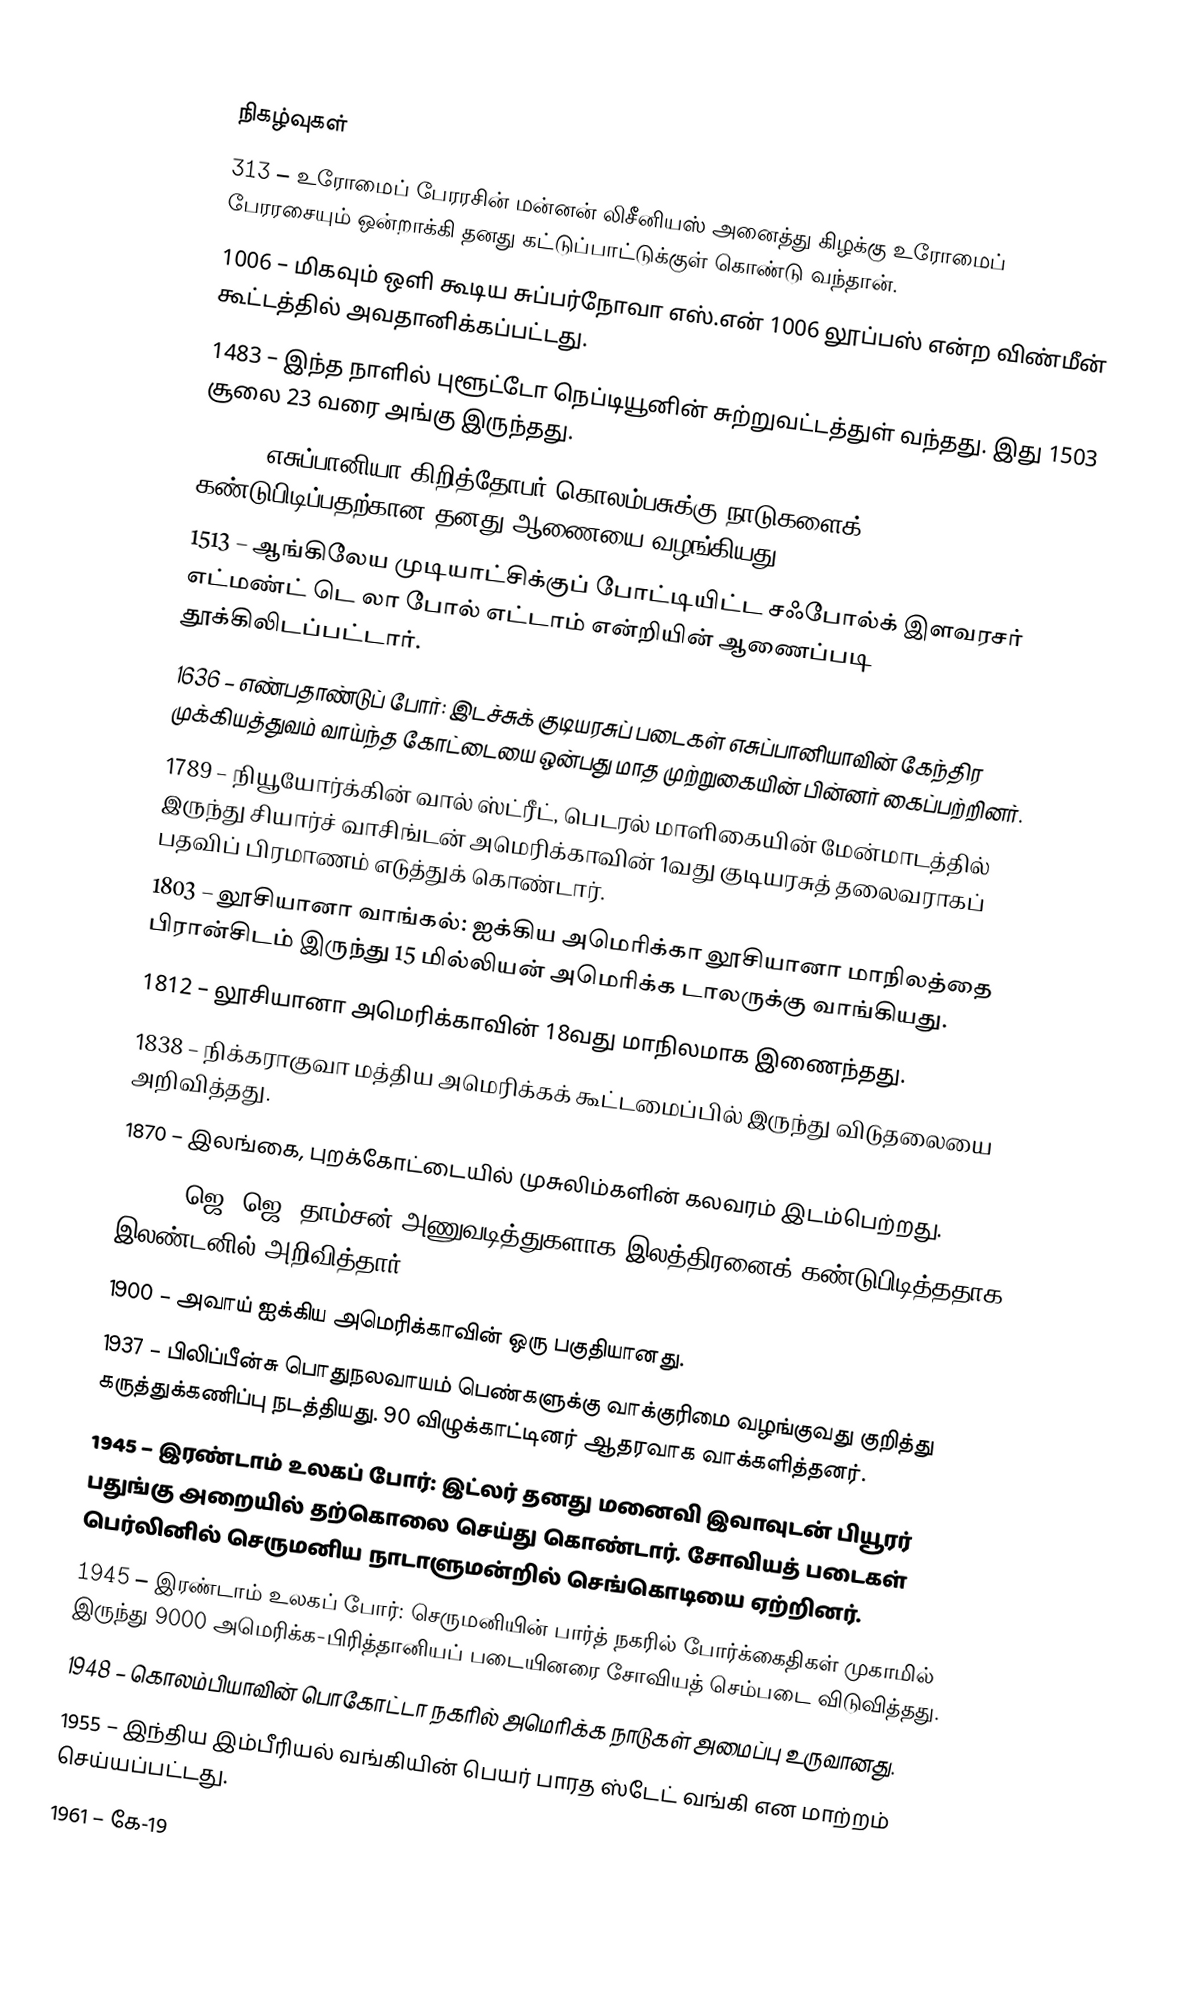

நிகழ்வுகள்
313 – உரோமைப் பேரரசின் மன்னன் லிசீனியஸ் அனைத்து கிழக்கு உரோமைப் பேரரசையும் ஒன்றாக்கி தனது கட்டுப்பாட்டுக்குள் கொண்டு வந்தான்.
1006 – மிகவும் ஒளி கூடிய சுப்பர்நோவா எஸ்.என் 1006 லூப்பஸ் என்ற விண்மீன் கூட்டத்தில் அவதானிக்கப்பட்டது.
1483 – இந்த நாளில் புளூட்டோ நெப்டியூனின் சுற்றுவட்டத்துள் வந்தது. இது 1503 சூலை 23 வரை அங்கு இருந்தது.
1492 – எசுப்பானியா கிறித்தோபர் கொலம்பசுக்கு நாடுகளைக் கண்டுபிடிப்பதற்கான தனது ஆணையை வழங்கியது.
1513 – ஆங்கிலேய முடியாட்சிக்குப் போட்டியிட்ட சஃபோல்க் இளவரசர் எட்மண்ட் டெ லா போல் எட்டாம் என்றியின் ஆணைப்படி தூக்கிலிடப்பட்டார்.
1636 – எண்பதாண்டுப் போர்: இடச்சுக் குடியரசுப் படைகள் எசுப்பானியாவின் கேந்திர முக்கியத்துவம் வாய்ந்த கோட்டையை ஒன்பது மாத முற்றுகையின் பின்னர் கைப்பற்றினர்.
1789 – நியூயோர்க்கின் வால் ஸ்ட்ரீட், பெடரல் மாளிகையின் மேன்மாடத்தில் இருந்து சியார்ச் வாசிங்டன் அமெரிக்காவின் 1வது குடியரசுத் தலைவராகப் பதவிப் பிரமாணம் எடுத்துக் கொண்டார்.
1803 – லூசியானா வாங்கல்: ஐக்கிய அமெரிக்கா லூசியானா மாநிலத்தை பிரான்சிடம் இருந்து 15 மில்லியன் அமெரிக்க டாலருக்கு வாங்கியது.
1812 – லூசியானா அமெரிக்காவின் 18வது மாநிலமாக இணைந்தது.
1838 – நிக்கராகுவா மத்திய அமெரிக்கக் கூட்டமைப்பில் இருந்து விடுதலையை அறிவித்தது.
1870 – இலங்கை, புறக்கோட்டையில் முசுலிம்களின் கலவரம் இடம்பெற்றது.
1897 – ஜெ. ஜெ. தாம்சன் அணுவடித்துகளாக இலத்திரனைக் கண்டுபிடித்ததாக இலண்டனில் அறிவித்தார்.
1900 – அவாய் ஐக்கிய அமெரிக்காவின் ஒரு பகுதியானது.
1937 – பிலிப்பீன்சு பொதுநலவாயம் பெண்களுக்கு வாக்குரிமை வழங்குவது குறித்து கருத்துக்கணிப்பு நடத்தியது. 90 விழுக்காட்டினர் ஆதரவாக வாக்களித்தனர்.
1945 – இரண்டாம் உலகப் போர்: இட்லர் தனது மனைவி இவாவுடன் பியூரர் பதுங்கு அறையில் தற்கொலை செய்து கொண்டார். சோவியத் படைகள் பெர்லினில் செருமனிய நாடாளுமன்றில் செங்கொடியை ஏற்றினர்.
1945 – இரண்டாம் உலகப் போர்: செருமனியின் பார்த் நகரில் போர்க்கைதிகள் முகாமில் இருந்து 9000 அமெரிக்க-பிரித்தானியப் படையினரை சோவியத் செம்படை விடுவித்தது.
1948 – கொலம்பியாவின் பொகோட்டா நகரில் அமெரிக்க நாடுகள் அமைப்பு உருவானது.
1955 – இந்திய இம்பீரியல் வங்கியின் பெயர் பாரத ஸ்டேட் வங்கி என மாற்றம் செய்யப்பட்டது.
1961 – கே-19